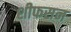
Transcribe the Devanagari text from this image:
शीफसन